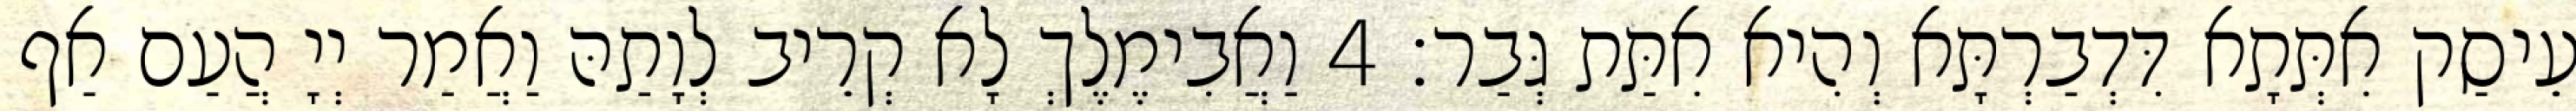
עֵיסַק אִתְּתָא דִּדְבַרְתָּא וְהִיא אִתַּת גְּבַר׃ 4 וַאֲבִימֶלֶךְ לָא קְרֵיב לְוָתַהּ וַאֲמַר יְיָ הֲעַם אַף